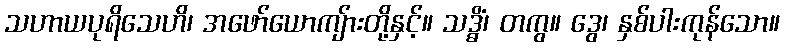
သဟာယပုရိသေဟိ၊ အဖော်ယောကျ်ားတို့နှင့်။ သဒ္ဓိံ၊ တကွ။ ဒွေ၊ နှစ်ပါးကုန်သော။